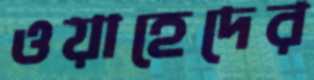
ওয়াহেদের